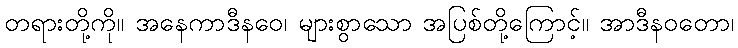
တရားတို့ကို။ အနေကာဒီနဝေ၊ များစွာသော အပြစ်တို့ကြောင့်။ အာဒီနဝတော၊